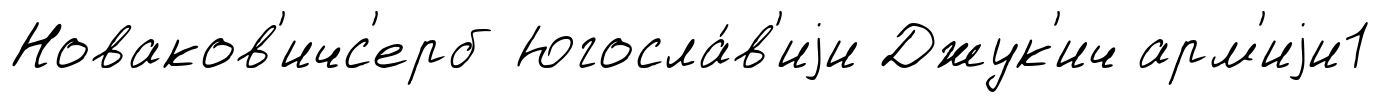
Новаков'ичс'ерб Югосла́в'иjи Джук'ич арм'иjи1